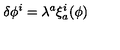
\delta \phi ^ { i } = \lambda ^ { a } \xi _ { a } ^ { i } ( \phi )